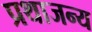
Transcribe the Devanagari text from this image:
प्रथाजन्य